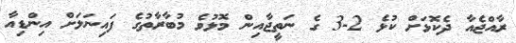
ރާއްޖެއާ ދެކޮޅަށް ކުޅެ 2-3 ގެ ނަތީޖާއިން މޮޅުވެ މުބާރާތުގެ ފައިނަލަށް އިންޑިއާ